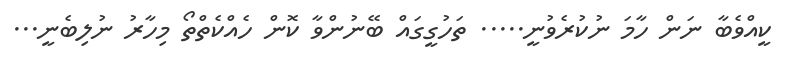
ކީއްވެބާ ނަން ހާމަ ނުކުރެވުނީ..... ތަހުގީގައް ބޭނުންވާ ކޮން ހެއްކެތްތޯ މިހާރު ނުލިބެނީ...